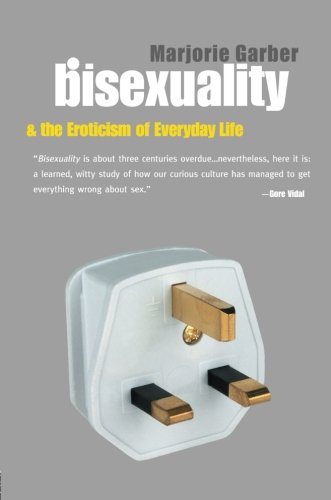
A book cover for Bisexuality and the Eroticism of Everyday Life; Marjorie Garber; Gay & Lesbian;